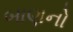
બાણનો